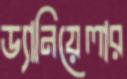
ড্যানিয়েলার